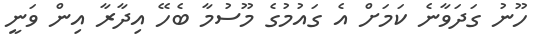
ހޫނު ގަދަވާނެ ކަމަށް އެ ގައުމުގެ މޫސުމާ ބެހޭ އިދާރާ އިން ވަނީ